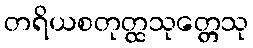
တရိယစတုတ္ထသုတ္တေသု